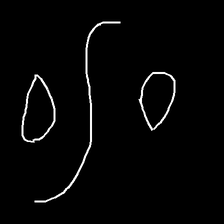
Glyph: water